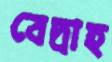
বেদ্রাহ